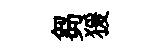
芻猨